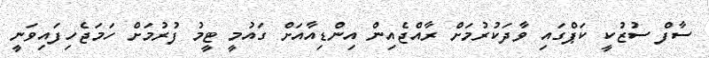
ސާފް ސުޒުކީ ކަޕްގައި ވާދަކުރުމަށް ރާއްޖެއިން އިންޑިއާއަށް ގައުމީ ޓީމު ފުރުމަށް ހަމަޖެހިފައިވަނީ